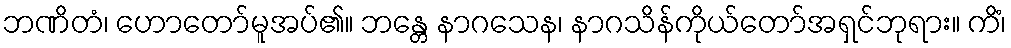
ဘဏိတံ၊ ဟောတော်မူအပ်၏။ ဘန္တေ နာဂသေန၊ နာဂသိန်ကိုယ်တော်အရှင်ဘုရား။ ကိံ၊